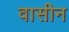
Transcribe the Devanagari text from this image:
वासीन